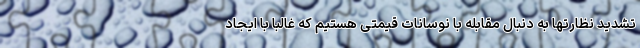
تشدید نظارتها به دنبال مقابله با نوسانات قیمتی هستیم که غالبا با ایجاد